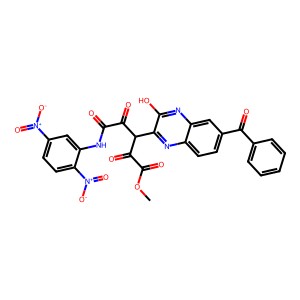
SMILES: COC(=O)C(=O)C(C(=O)C(=O)Nc1cc([N+](=O)[O-])ccc1[N+](=O)[O-])c1nc2ccc(C(=O)c3ccccc3)cc2nc1O
Inhibits HIV replication: No